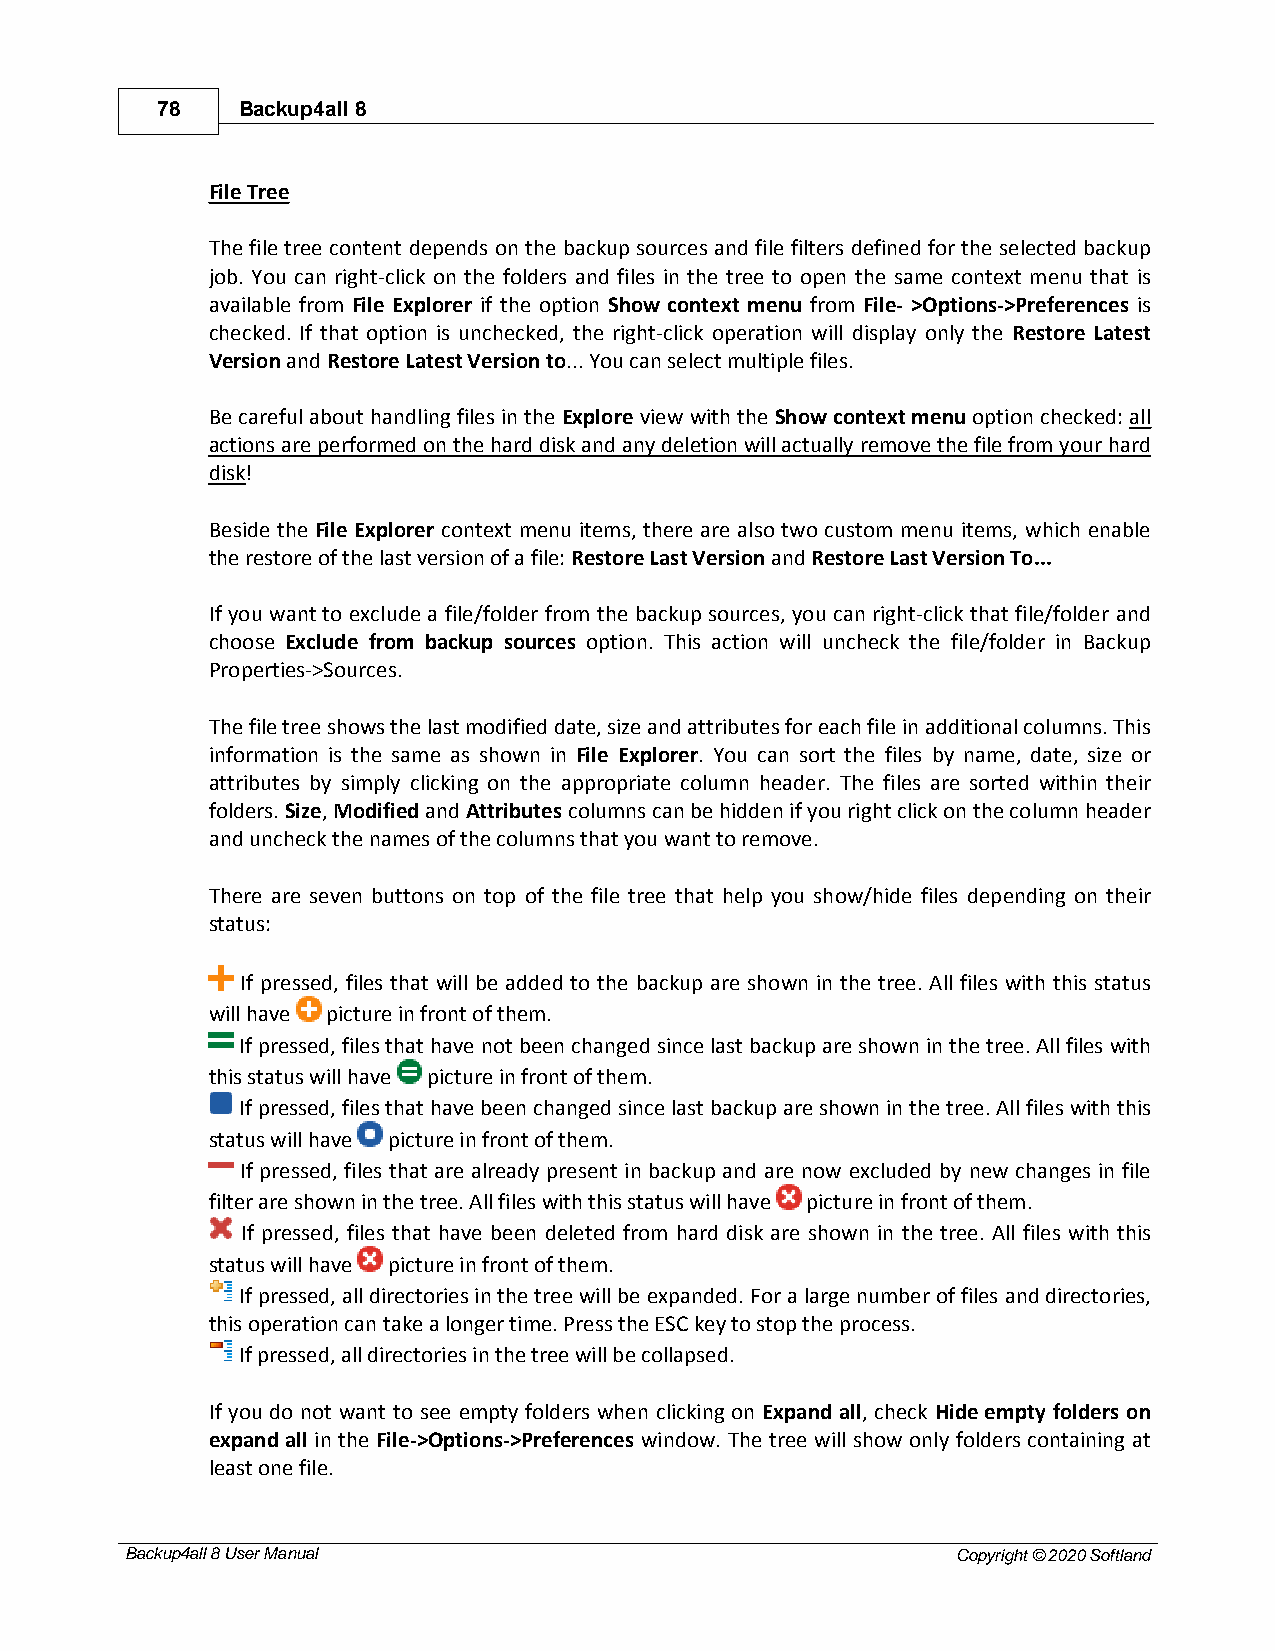
78    Backup4all 8
 File Tree
 The file tree content depends on the backup sources and file filters defined for the selected backup
 job. You can right-click on the folders and files in the tree to open the same context menu that is
 available from File Explorer if the option Show context menu from File- >Options->Preferences is
 checked. If that option is unchecked, the right-click operation will display only the Restore Latest
 Version and Restore Latest Version to... You can select multiple files.
 Be careful about handling files in the Explore view with the Show context menu option checked: all
 actions are performed on the hard disk and any deletion will actually remove the file from your hard
 disk!
 Beside the File Explorer context menu items, there are also two custom menu items, which enable
 the restore of the last version of a file: Restore Last Version and Restore Last Version To...
 If you want to exclude a file/folder from the backup sources, you can right-click that file/folder and
 choose Exclude from backup sources option. This action will uncheck the file/folder in Backup
 Properties->Sources.
 The file tree shows the last modified date, size and attributes for each file in additional columns. This
 information is the same as shown in File Explorer. You can sort the files by name, date, size or
 attributes by simply clicking on the appropriate column header. The files are sorted within their
 folders. Size, Modified and Attributes columns can be hidden if you right click on the column header
 and uncheck the names of the columns that you want to remove.
 There are seven buttons on top of the file tree that help you show/hide files depending on their
 status:
 If pressed, files that will be added to the backup are shown in the tree. All files with this status
 will have picture in front of them.
 If pressed, files that have not been changed since last backup are shown in the tree. All files with
 this status will have picture in front of them.
 If pressed, files that have been changed since last backup are shown in the tree. All files with this
 status will have picture in front of them.
 If pressed, files that are already present in backup and are now excluded by new changes in file
 filter are shown in the tree. All files with this status will have picture in front of them.
 If pressed, files that have been deleted from hard disk are shown in the tree. All files with this
 status will have picture in front of them.
 If pressed, all directories in the tree will be expanded. For a large number of files and directories,
 this operation can take a longer time. Press the ESC key to stop the process.
 If pressed, all directories in the tree will be collapsed.
 If you do not want to see empty folders when clicking on Expand all, check Hide empty folders on
 expand all in the File->Options->Preferences window. The tree will show only folders containing at
 least one file.
 Backup4all 8 User Manual                               Copyright © 2020 Softland